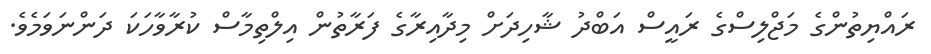
ރައްޔިތުންގެ މަޖްލިސްގެ ރައީސް އަބްދު ޝާހިދަށް މިދާއިރާގެ ފަރާތުން އިލްތިމާސް ކުރާވާހަކަ ދަންނަވަމެވެ.